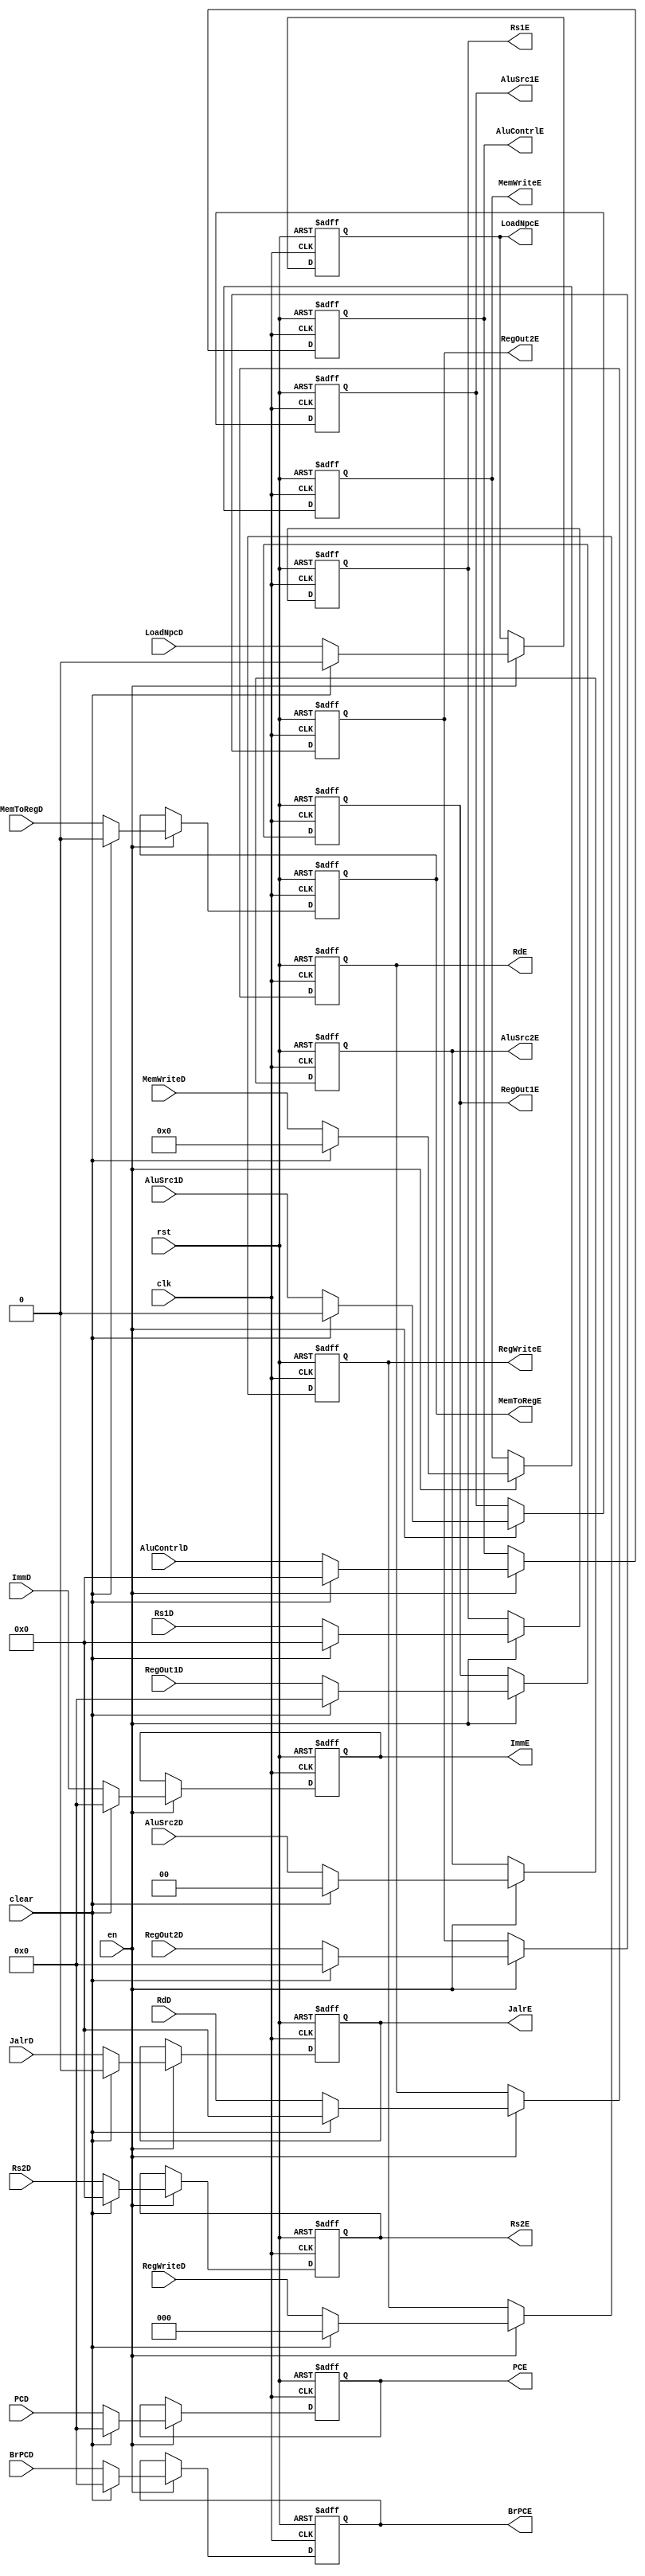
//EXSegReg?EX?
module EXSegReg(
    input wire clk,
    input wire rst,
    input wire en,
    input wire clear,
    //
    input wire [31:0] PCD,
    output reg [31:0] PCE, 
    input wire [31:0] BrPCD,
    output reg [31:0] BrPCE, 
    input wire [31:0] ImmD,
    output reg [31:0] ImmE,
    input wire [4:0] RdD,
    output reg [4:0] RdE,
    input wire [4:0] Rs1D,
    output reg [4:0] Rs1E,
    input wire [4:0] Rs2D,
    output reg [4:0] Rs2E,
    input wire [31:0] RegOut1D,
    output reg [31:0] RegOut1E,
    input wire [31:0] RegOut2D,
    output reg [31:0] RegOut2E,
    //
    input wire JalrD,
    output reg JalrE,
    input wire [2:0] RegWriteD,
    output reg [2:0] RegWriteE,
    input wire MemToRegD,
    output reg MemToRegE,
    input wire [3:0] MemWriteD,
    output reg [3:0] MemWriteE,
    input wire LoadNpcD,
    output reg LoadNpcE,
    input wire [4:0] AluContrlD,
    output reg [4:0] AluContrlE,
    input wire AluSrc1D,
    output reg AluSrc1E,
    input wire [1:0] AluSrc2D,
    output reg [1:0] AluSrc2E
    );
    //
    always@(posedge clk or posedge rst)
    begin
        if(rst)
            begin
            PCE<=32'b0; 
            BrPCE<=32'b0; 
            ImmE<=32'b0;
            RdE<=32'b0;
            Rs1E<=5'b0;
            Rs2E<=5'b0;
            RegOut1E<=32'b0;
            RegOut2E<=32'b0;
            JalrE<=1'b0;
            RegWriteE<=1'b0;
            MemToRegE<=1'b0;
            MemWriteE<=1'b0;
            LoadNpcE<=1'b0;
            AluContrlE<=5'b0;
            AluSrc1E<=1'b0; 
            AluSrc2E<=2'b0; 
            end
        else if(en)
            if(clear)
                begin
                PCE<=32'b0; 
                BrPCE<=32'b0; 
                ImmE<=32'b0;
                RdE<=32'b0;
                Rs1E<=5'b0;
                Rs2E<=5'b0;
                RegOut1E<=32'b0;
                RegOut2E<=32'b0;
                JalrE<=1'b0;
                RegWriteE<=1'b0;
                MemToRegE<=1'b0;
                MemWriteE<=1'b0;
                LoadNpcE<=1'b0;
                AluContrlE<=5'b0;
                AluSrc1E<=1'b0; 
                AluSrc2E<=2'b0;     
                end
            else
                begin
                PCE<=PCD; 
                BrPCE<=BrPCD; 
                ImmE<=ImmD;
                RdE<=RdD;
                Rs1E<=Rs1D;
                Rs2E<=Rs2D;
                RegOut1E<=RegOut1D;
                RegOut2E<=RegOut2D;
                JalrE<=JalrD;
                RegWriteE=RegWriteD;
                MemToRegE<=MemToRegD;
                MemWriteE<=MemWriteD;
                LoadNpcE<=LoadNpcD;
                AluContrlE<=AluContrlD;
                AluSrc1E<=AluSrc1D;
                AluSrc2E<=AluSrc2D;         
                end                
    end
    
endmodule